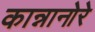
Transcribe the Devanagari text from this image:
कान्नानोरे